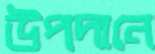
উপদানে